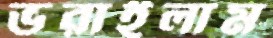
ভরাইলাম